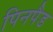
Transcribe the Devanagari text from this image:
पिनपैड